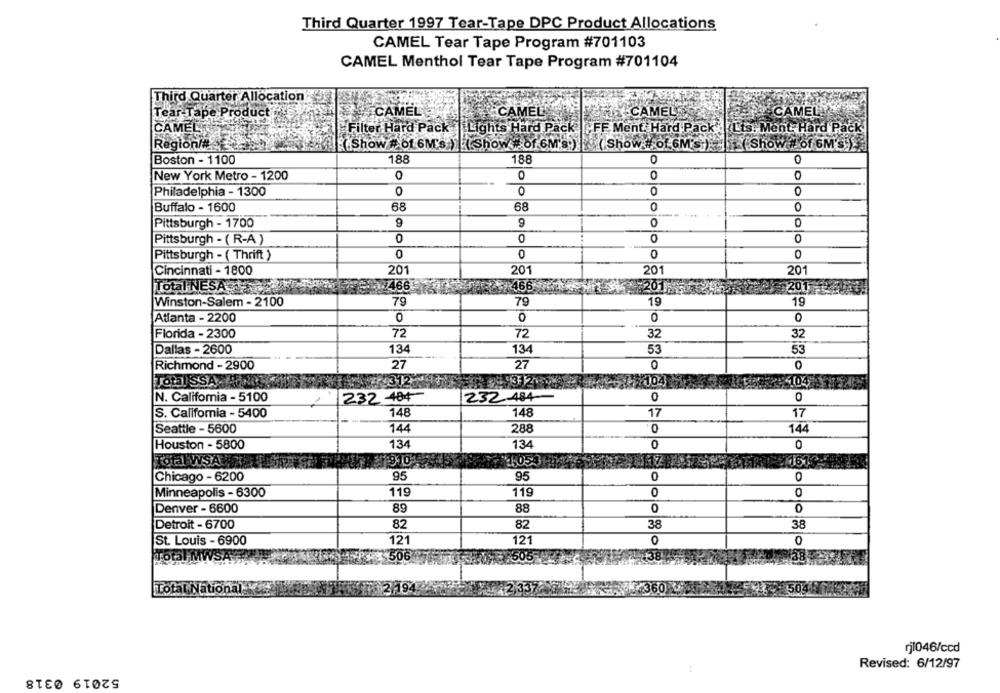
Third Quarter 1997 Tear-Tape DPC Product Allocations
CAMEL Tear Tape Program #701103
CAMEL Menthol Tear Tape Program #701104
Third Quarter Allocation
Tear-Tape Product
CAMEL
CAMEL
CAMEL
CAMELA
CAMEL
Filter Hard Pack
Lights Hard Pack |FF Ment. Hard Pack |Lis. Ment Hard Pack
Region/#
(Show # 01 6M's ) (Show # of 6M'S:)
(Show #of 6M'S:).
(S
OW # Of 6M'S!
Boston - 1100
188
188
0
0
New York Metro - 1200
0
O
0
0
Philadelphia - 1300
0
0
0
0
Buffalo - 1600
68
68
0
0
0
Pittsburgh - 1700
9
9
0
Pittsburgh - (R-A)
0
0
0
Pittsburgh - ( Thrift )
0
0
0
0
201
Cincinnati - 1800
201
201
201
Total NESA
466
466
1201
@ 201
Winston-Salem - 2100
79
79
19
19
Atlanta - 2200
0
0
O
O
72
72
32
Florida - 2300
32
Dallas - 2600
134
134
53
53
Richmond - 2900
27
27
0
Total SSA -HA
312
17104
4104 6
N. California - 5100
232 -484
232-484
0
0
S. California - 5400
148
148
17
17
Seattle - 5600
144
288
0
144
134
0
Houston - 5800
134
0
Total WSA,
1910
4,0531
16.
Chicago - 6200
95
95
0
0
119
119
0
0
Minneapolis - 6300
Denver - 6600
89
88
0
0
Detroit - 6700
82
82
38
38
St. Louis - 6900
121
121
0
0
Total MWSA
506
:38
Total National
194
rj1046/ccd
Revised: 6/12/97
52019 0318